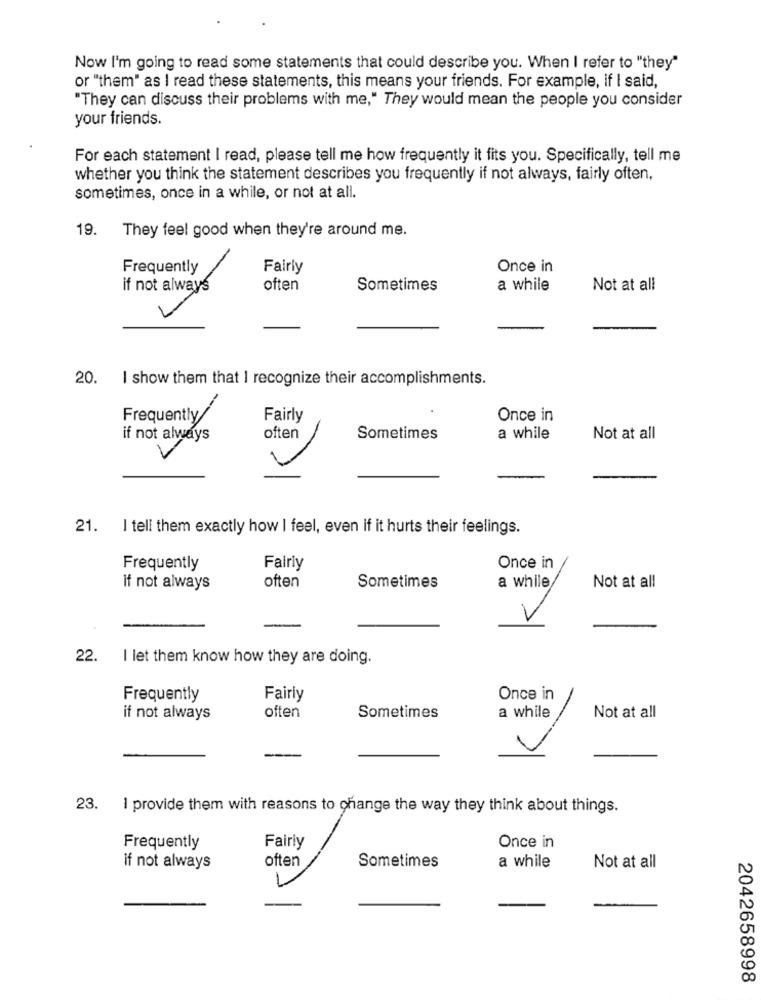
Now I'm going to read some statements that could describe you. When I refer to "they"
or "them" as I read these statements, this means your friends. For example, if I said,
"They can discuss their problems with me," They would mean the people you consider
your friends.
For each statement I read, please tell me how frequently it fits you. Specifically, tell me
whether you think the statement describes you frequently if not always, fairly often,
sometimes, once in a while, or not at all.
They feel good when they're around me.
19.
Frequently
Fairly
Once in
if not always
often
Sometimes
a while
Not at all
20. I show them that I recognize their accomplishments.
Frequently/
Fairly
Once in
if not always
often
Sometimes
a while
Not at all
21. I tell them exactly how I feel, even if it hurts their feelings.
Frequently
Fairly
Once in
if not always
often
Sometimes
a while
Not at all
22.
I let them know how they are doing.
Frequently
Fairly
Once in
if not always
often
Sometimes
a while
Not at all
23.
I provide them with reasons to change the way they think about things.
Once in
Frequently
Fairly
often
Sometimes
if not always
a while
Not at all
2042658998